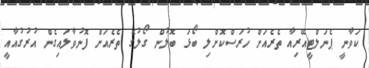
ކަވާނީ ޕެނަލްޓީއޭރިއާ ތެރެއަށް ހުރަސްކޮށްލި ބޯޅަ ބޮލުން ގޯލުގެ ތެރެއަށް ފޮނުވާލައިގެން އުރުގުއާއީ